Civil Veterinary Department. Central Provinces & Berar 1932-41 - 1932-1941
Year: 1932
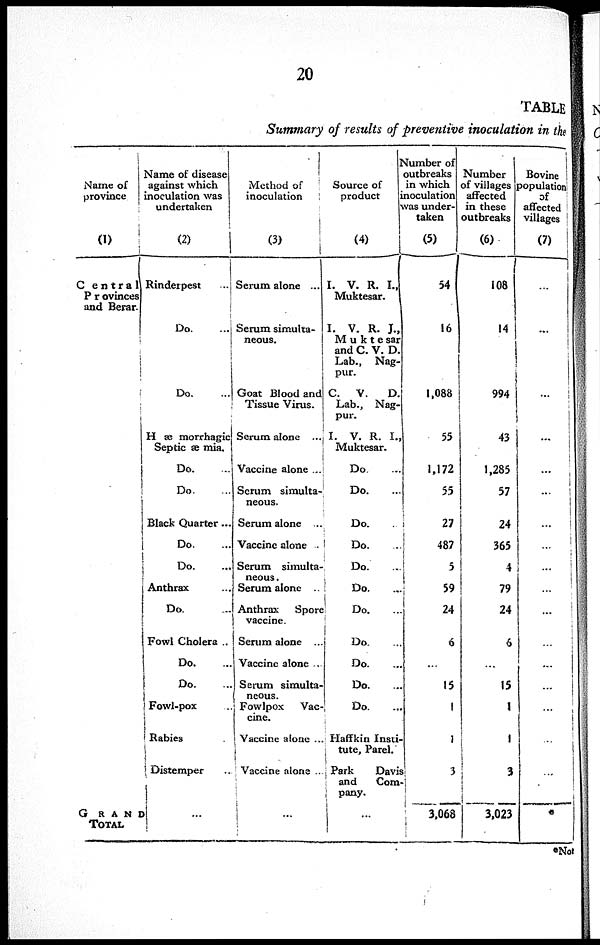
20
TABLE
Summary of results of preventive inoculation in the
Name of
province
(1)
Central
Provinces
and Berar.
GRAND
TOTAL
Name of disease
against which
inoculation was
undertaken
(2)
Rinderpest ...
Do. ...
Do. ...
Hæmorrhagic
Septicæmia.
Do. ...
Do. ...
Black Quarter ...
Do. ...
Do. ...
Anthrax ...
Do. ...
Fowl Cholera ..
Do. ...
Do. ...
Fowl-pox ...
Rabies
Distemper ..
...
Method of
inoculation
(3)
Serum alone ...
Serum simulta-
neous.
Goat Blood and
Tissue Virus.
Serum alone ...
Vaccine alone ...
Serum simulta-
neous.
Serum alone ...
Vaccine alone ..
Serum simulta-
neous .
Serum alone ..
Anthrax Spore
vaccine.
Serum alone ...
Vaccine alone ...
Serum simulta-
neous.
Fowlpox Vac-
cine.
Vaccine alone ..
Vaccine alone ..
...
Source of
product
(4)
I. V. R. I.,
Muktesar.
I. V. R. J.,
Muktesar
and C. V. D.
Lab., Nag¬
pur.
C. V.
D.
Lab., Nag¬
pur.
I. V. R. I.,
Muktesar.
Do. ...
Do. ...
Do. ...
Do. ...
Do. ...
Do.
...
Do. ...
Do. ...
Do. ...
Do. ...
Do. ...
Haffkin Insti¬
tute, Parel.
Park
Davis
and Com¬
pany.
...
Number of
outbreaks
in which
inoculation
was under-
taken
(5)
54
16
1,088
55
1,172
55
27
487
5
59
24
6
...
15
1
1
3
3,068
Number
of villages
affected
in these
outbreaks
(6)
108
14
994
43
1,285
57
24
365
4
79
24
6
...
15
1
1
3
3,023
Bovine
population
of
affected
villages
(7)
...
...
...
...
...
...
...
...
...
...
...
...
...
...
...
...
...
*
*Not